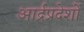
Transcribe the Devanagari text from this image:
आर्द्रप्रदेशों